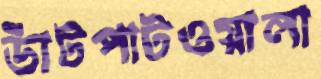
ডাঁটপাটওয়ালা